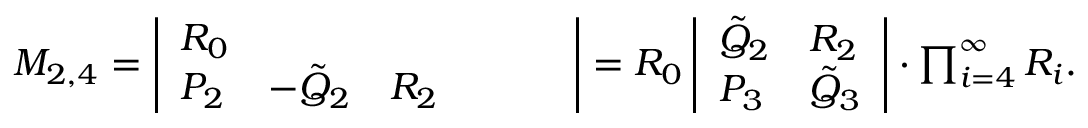
\begin{array} { r } { M _ { 2 , 4 } = \left| \begin{array} { l l l l l l } { R _ { 0 } } & { } & { } & { } & { } & { } \\ { P _ { 2 } } & { - \Tilde { Q } _ { 2 } } & { R _ { 2 } } & { } & { } & { } \end{array} \right| = R _ { 0 } \left| \begin{array} { l l } { \tilde { Q } _ { 2 } } & { R _ { 2 } } \\ { P _ { 3 } } & { \tilde { Q } _ { 3 } } \end{array} \right| \cdot \prod _ { i = 4 } ^ { \infty } R _ { i } . } \end{array}